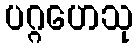
ပဂ္ဂဟေသု